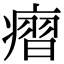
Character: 㿇